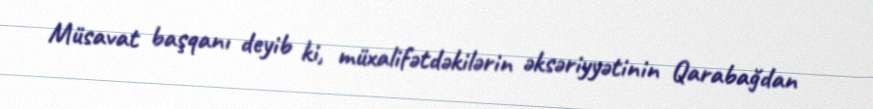
Müsavat başqanı deyib ki, müxalifətdəkilərin əksəriyyətinin Qarabağdan